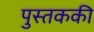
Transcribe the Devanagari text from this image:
पुस्तककी